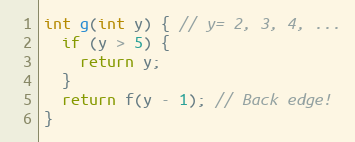
Language: C
int g(int y) { // y= 2, 3, 4, ...
  if (y > 5) {
    return y;
  }
  return f(y - 1); // Back edge!
}